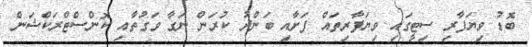
ބޮޑު ވިޔަފާރި ސިޓީގައި ވިޔަފާރިތައް ފަށާއި ބަންދު ކުރަން ނަގާ ވަގުތާއި ކޮންސްޓްރަކްޝަން